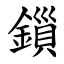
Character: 鎻